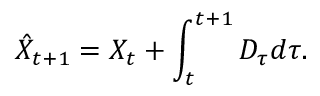
\hat { X } _ { t + 1 } = X _ { t } + \int _ { t } ^ { t + 1 } D _ { \tau } d \tau .